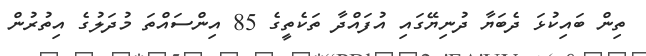
ތިން ބައިކުޅަ ދެބަޔާ ދުނިޔޭގައި އުފައްދާ ތަކެތީގެ 85 އިންސައްތަ މުދަލުގެ އިތުރުން